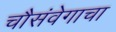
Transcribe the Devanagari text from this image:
चौसंवेगाचा